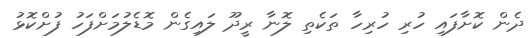
ދެން ކޮށާފައި ހުރި ހުރިހާ ތަކެތި ލޮނާ ރީދޫ ލައިގެން މޮޑެލުމަށްފަހު ފުށްކޮޅު